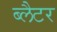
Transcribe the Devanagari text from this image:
ब्लैटर